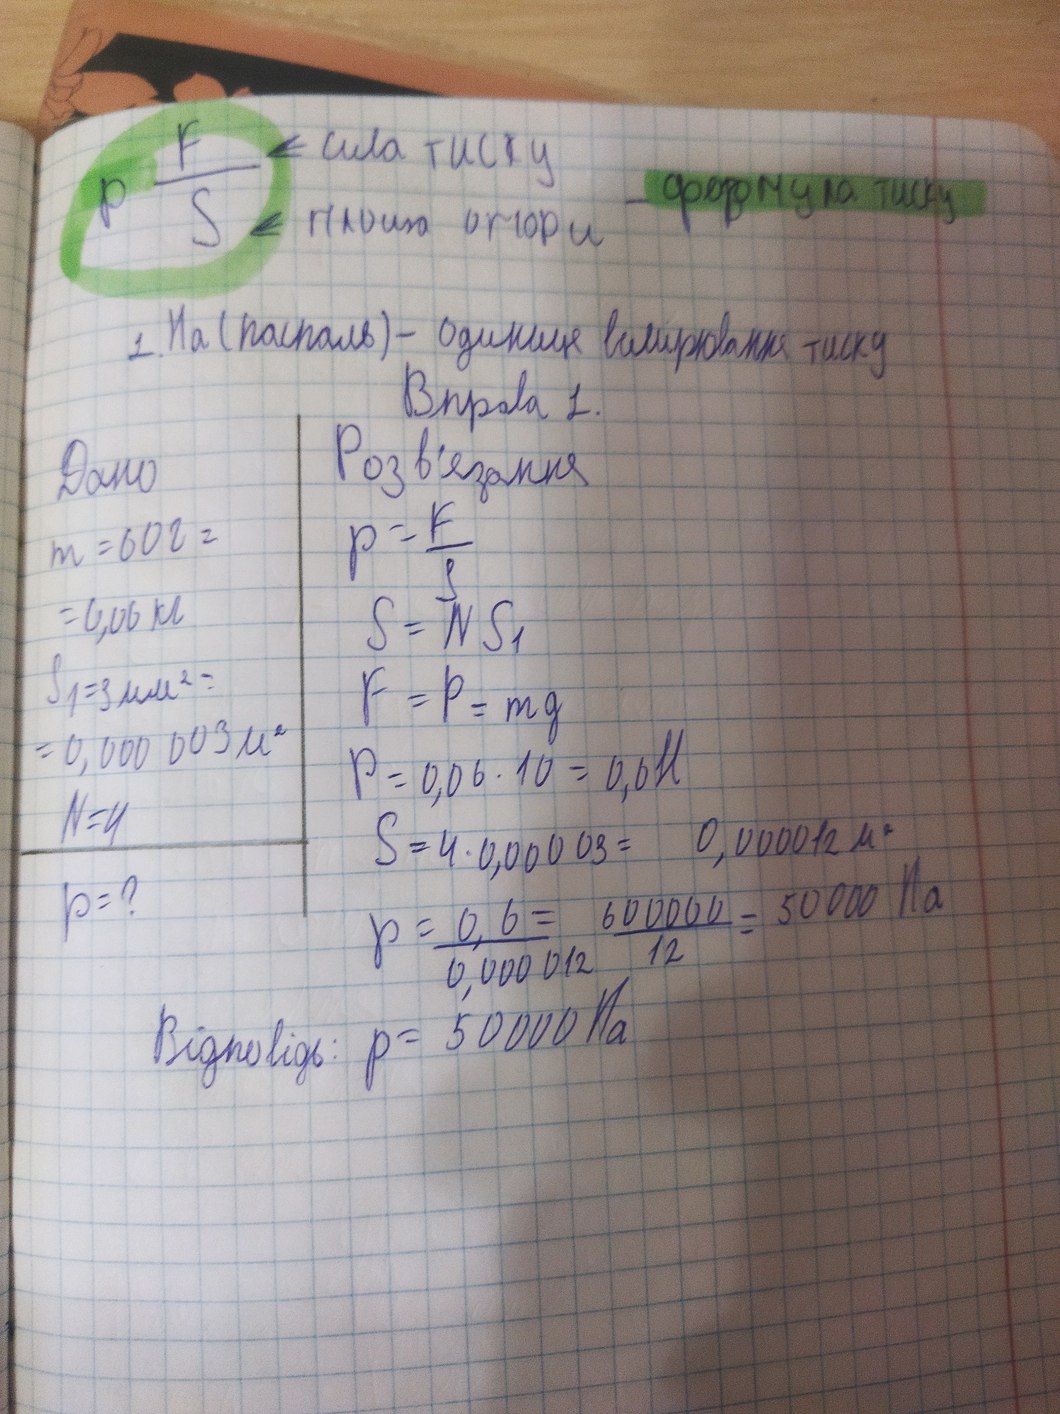
p = \frac{F}{S}
сила тиску
формула тиску
площа опори
1. Па (паскаль) - одиниця вимірювання тиску
Вправа 1.
Розв'язання
Дано
p = \frac{F}{S}
m = 60г =
= 0,006 кг
S = NS_1
S_1 = 3мм^2 =
F = P = mg
= 0,0003 м^2
P = 0,006 * 10 = 0,6 H
N = 4
S = 4 * 0,0003 = 0,00012 м^2
p = \frac{0,6}{0,00012} = \frac{6000}{12} = 5000 Па
p = ?
Відповідь: p = 5000 Па